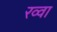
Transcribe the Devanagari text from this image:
रव्वा